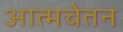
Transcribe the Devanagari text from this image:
आत्मचेतन